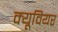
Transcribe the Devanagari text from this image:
क्यूवियर